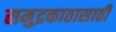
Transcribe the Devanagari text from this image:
समुद्रकाठासाठी